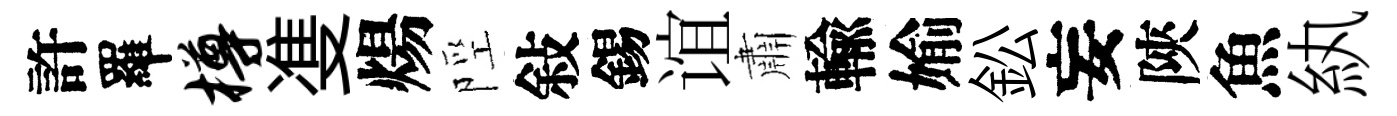
許羅樽㕠煬陘敍錫谊肅輸媮鈆妄陝魚紈